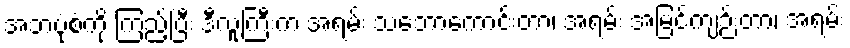
အဘပုံစံကို ကြည့်ပြီး ဒီလူကြီးက အရမ်း သဘောကောင်းတာ၊ အရမ်း အမြင်ကျဉ်းတာ၊ အရမ်း